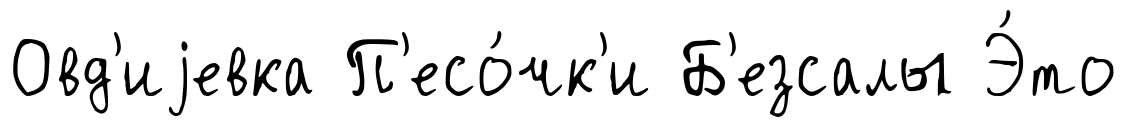
Овд'иjевка П'есо́чк'и Б'езсалы Э́то